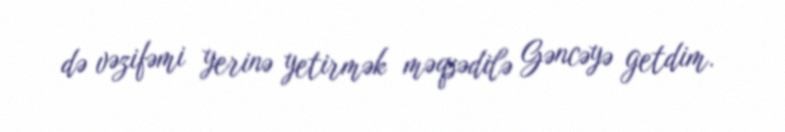
də vəzifəmi yerinə yetirmək məqsədilə Gəncəyə getdim.